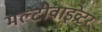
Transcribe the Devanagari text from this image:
मल्टीवाइव्रेटर